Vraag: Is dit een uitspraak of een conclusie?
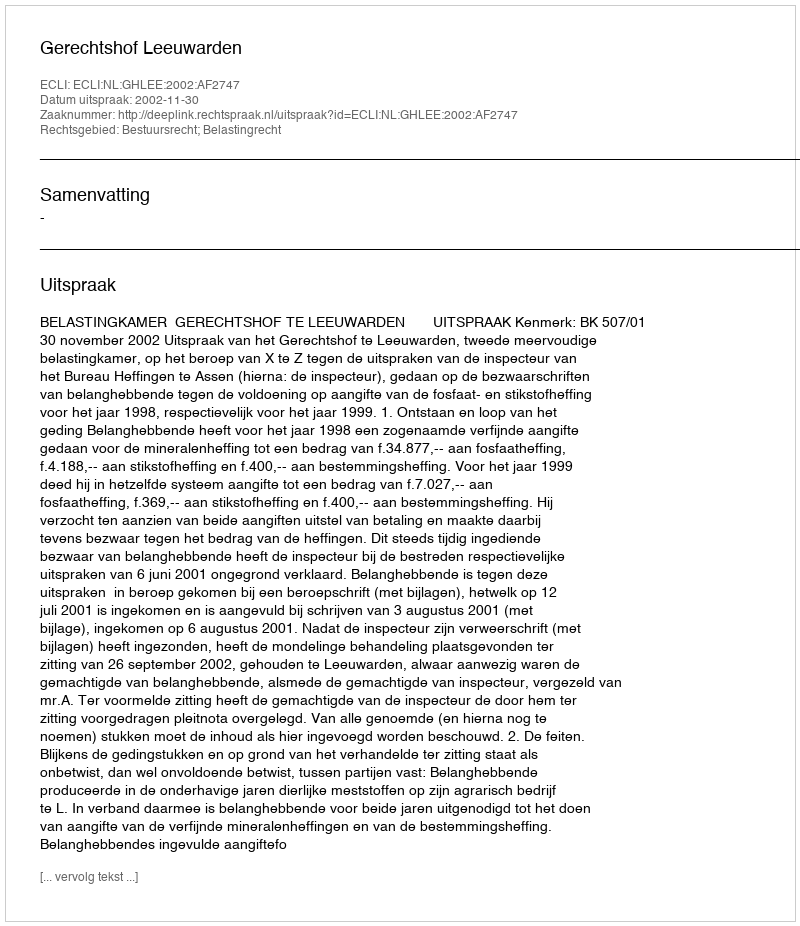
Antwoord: Uitspraak